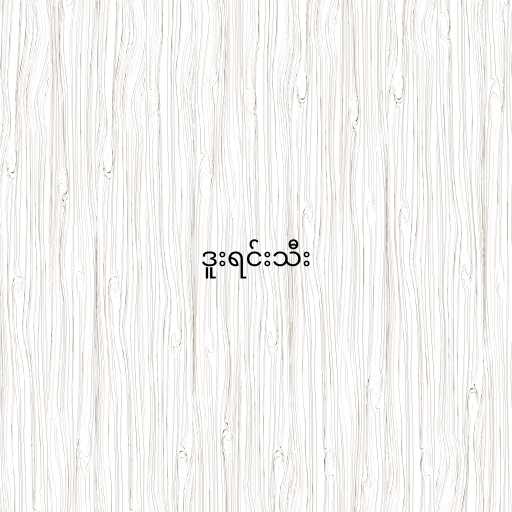
ဒူးရင်းသီး